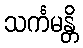
သင်္ကမန္တိ